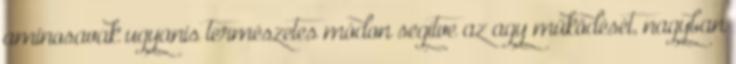
aminosavak ugyanis természetes módon segítve az agy működését, nagyban